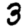
Digit: 3